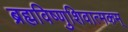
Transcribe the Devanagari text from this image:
ब्रह्मविष्णुशिवात्मकम्